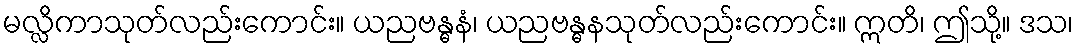
မလ္လိကာသုတ်လည်းကောင်း။ ယညဗန္ဓနံ၊ ယညဗန္ဓနသုတ်လည်းကောင်း။ ဣတိ၊ ဤသို့။ ဒသ၊